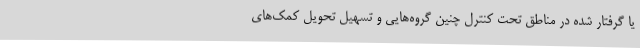
یا گرفتار شده در مناطق تحت کنترل چنین گروه‌هایی و تسهیل تحویل کمک‌های